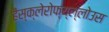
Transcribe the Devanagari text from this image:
हैंस्क्लेरोफ्य्ल्लोउस